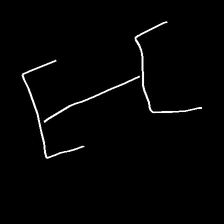
Glyph: entwine